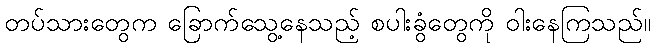
တပ်သားတွေက ခြောက်သွေ့နေသည့် စပါးခွံတွေကို ဝါးနေကြသည်။